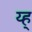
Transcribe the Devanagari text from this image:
य्ह्